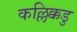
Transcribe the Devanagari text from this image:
कल्लिक्कडु